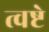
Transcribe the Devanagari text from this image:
त्वष्टे